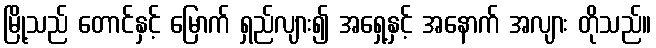
မြို့သည် တောင်နှင့် မြောက် ရှည်လျား၍ အရှေ့နှင့် အနောက် အလျား တိုသည်။